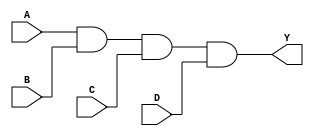
module ADD4 (
	input A, B, C, D,
	output Y
);
	assign Y = A & B & C & D;
endmodule